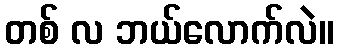
တစ် လ ဘယ်လောက်လဲ။